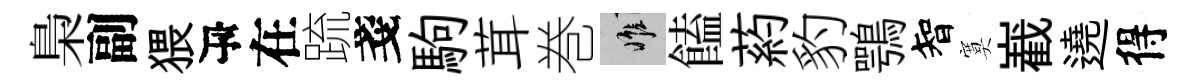
梟副猥瓴在䟽戔駒茸巻惟饁葯豹鶚智寞嶻遶得